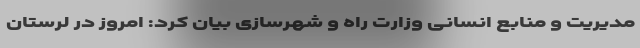
مدیریت و منابع انسانی وزارت راه و شهرسازی بیان کرد: امروز در لرستان